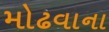
મોઢવાના